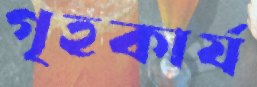
গৃহকার্য